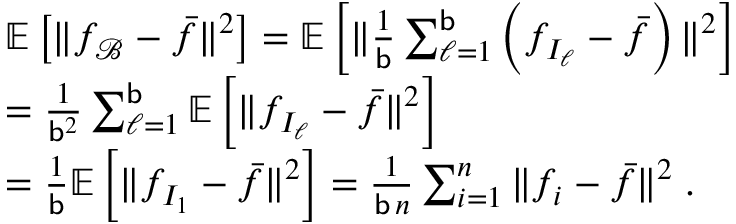
\begin{array} { r l } & { \mathbb { E } \left[ \| f _ { \mathcal { B } } - \bar { f } \| ^ { 2 } \right] = \mathbb { E } \left[ \| \frac { 1 } { \mathsf { b } } \sum _ { \ell = 1 } ^ { \mathsf { b } } \left( f _ { I _ { \ell } } - \bar { f } \right) \| ^ { 2 } \right] } \\ & { = \frac { 1 } { \mathsf { b } ^ { 2 } } \sum _ { \ell = 1 } ^ { \mathsf { b } } \mathbb { E } \left[ \| f _ { I _ { \ell } } - \bar { f } \| ^ { 2 } \right] } \\ & { = \frac { 1 } { \mathsf { b } } \mathbb { E } \left[ \| f _ { I _ { 1 } } - \bar { f } \| ^ { 2 } \right] = \frac { 1 } { \mathsf { b } \, n } \sum _ { i = 1 } ^ { n } \| f _ { i } - \bar { f } \| ^ { 2 } \; . } \end{array}